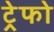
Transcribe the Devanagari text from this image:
ट्रेफो